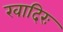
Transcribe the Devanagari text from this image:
खादिरः